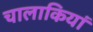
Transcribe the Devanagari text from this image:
चालाकियां